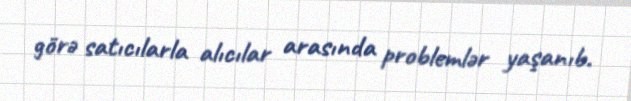
görə satıcılarla alıcılar arasında problemlər yaşanıb.